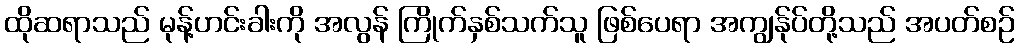
ထိုဆရာသည် မုန့်ဟင်းခါးကို အလွန် ကြိုက်နှစ်သက်သူ ဖြစ်ပေရာ အကျွန်ုပ်တို့သည် အပတ်စဉ်